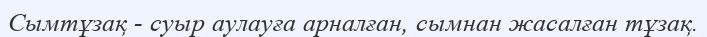
Сымтұзақ - суыр аулауға арналған, сымнан жасалған тұзақ.